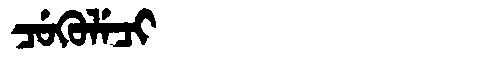
Manchu: ᠴᡠᡴᡠᠯᡝᠴᡳ
Romanization: CUKULECI